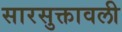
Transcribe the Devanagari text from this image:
सारसुक्तावली